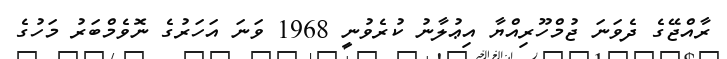
ރާއްޖޭގެ ދެވަނަ ޖުމްހޫރިއްޔާ އިޢުލާނު ކުރެވުނީ 1968 ވަނަ އަހަރުގެ ނޮވެމްބަރު މަހުގެ